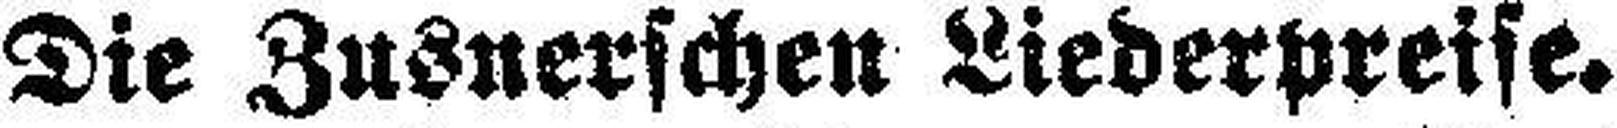
Die Zusnerschen Liederpreise.